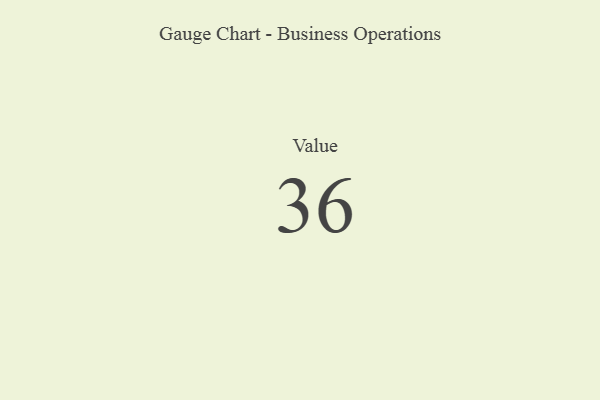
{"axis": {"x": "Metric", "y": "Value"}, "legend": [""], "data": [{"x": "Value", "y": 36, "type": ""}]}